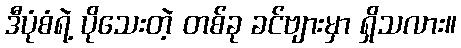
ဒီပုံစံရဲ့ ပိုသေးတဲ့ တစ်ခု ခင်ဗျားမှာ ရှိသလား။